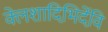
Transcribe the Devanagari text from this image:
क्लेशादिभिर्देवि